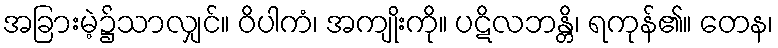
အခြားမဲ့၌သာလျှင်။ ဝိပါကံ၊ အကျိုးကို။ ပဋိလဘန္တိ၊ ရကုန်၏။ တေန၊